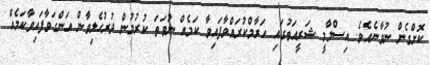
ކޮށްގެން ނުވާނެއެވެ. އިސްލާމީ ޝަރީއަތުގައި ހަރާމްކުރައްވާފައިވާ ކަމެއް ނުވަތަ ކުރުމުން ދުރުހެލިވާން އަންގަވާފައިވާކަމެއް